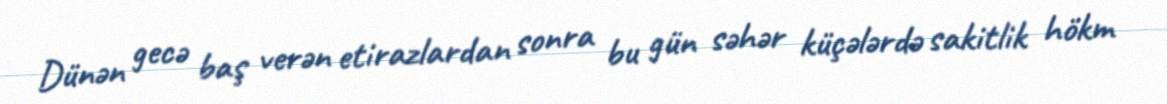
Dünən gecə baş verən etirazlardan sonra bu gün səhər küçələrdə sakitlik hökm